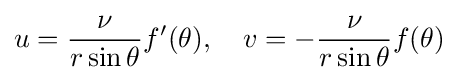
u={\frac {\nu }{r\sin \theta }}f'(\theta ),\quad v=-{\frac {\nu }{r\sin \theta }}f(\theta )